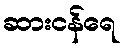
ဆားငန်ရေ